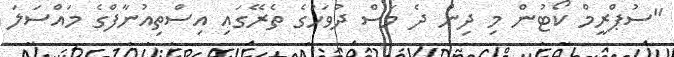
"ސުޕްރީމް ކޯޓުން މި ދިން ދެ މަސް ދުވަހުގެ ތެރޭގައި އިސްތިއުނާފްގެ މައްސަލަ